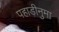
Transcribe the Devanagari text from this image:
पहाड़ीनुमा